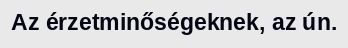
Az érzetminőségeknek, az ún.